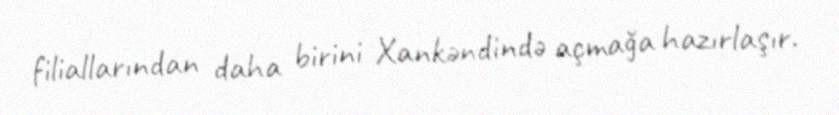
filiallarından daha birini Xankəndində açmağa hazırlaşır.